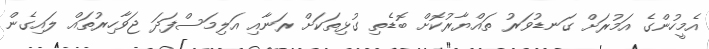
އެމީހުންގެ އަމުރަށް ގަނޑުވަރު ތައްޔާރުކޮށް ބޮޑެތި ގުޅިތަކަށް ރަނާއި އަލިމަސްފަދަ ޖަވާހިރުތައް ލައިގެން